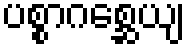
ပစ္စာဂစ္ဆေယျ